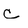
Character: C